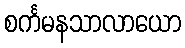
စင်္ကမနသာလာယော